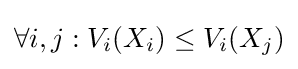
\forall i,j:V_{i}(X_{i})\leq V_{i}(X_{j})